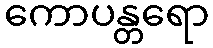
ကောပန္တရော